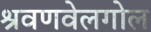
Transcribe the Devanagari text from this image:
श्रवणवेलगोल